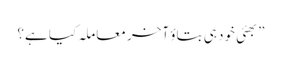
”بھئی خود ہی بتاؤ آخر معاملہ کیا ہے؟